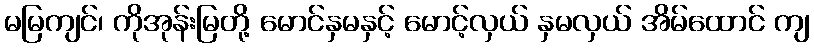
မမြကျင်၊ ကိုအုန်းမြတို့ မောင်နှမနှင့် မောင့်လှယ် နှမလှယ် အိမ်ထောင် ကျ